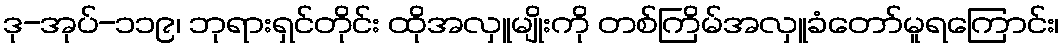
ဒု-အုပ်-၁၁၉၊ ဘုရားရှင်တိုင်း ထိုအလှူမျိုးကို တစ်ကြိမ်အလှူခံတော်မူရကြောင်း၊